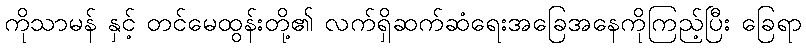
ကိုသာမန် နှင့် တင်မေထွန်းတို့၏ လက်ရှိဆက်ဆံရေးအခြေအနေကိုကြည့်ပြီး ခြေရာ